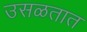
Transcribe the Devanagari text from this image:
उसळतात